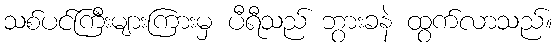
သစ်ပင်ကြီးများကြားမှ ပီရီသည် ဘွားခနဲ ထွက်လာသည်။